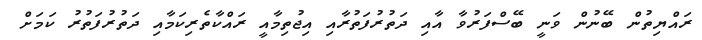
ރައްޔިތުން ބޭނުން ވަނީ ބޭސްފަރުވާ އާއި ދަތުރުފަތުރާއި އިޖުތިމާއީ ރައްކާތެރިކަމާއި ދަތުރުފަތުރު ކަމަށް